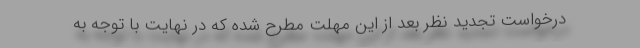
درخواست تجدید نظر بعد از این مهلت مطرح شده که در نهایت با توجه به